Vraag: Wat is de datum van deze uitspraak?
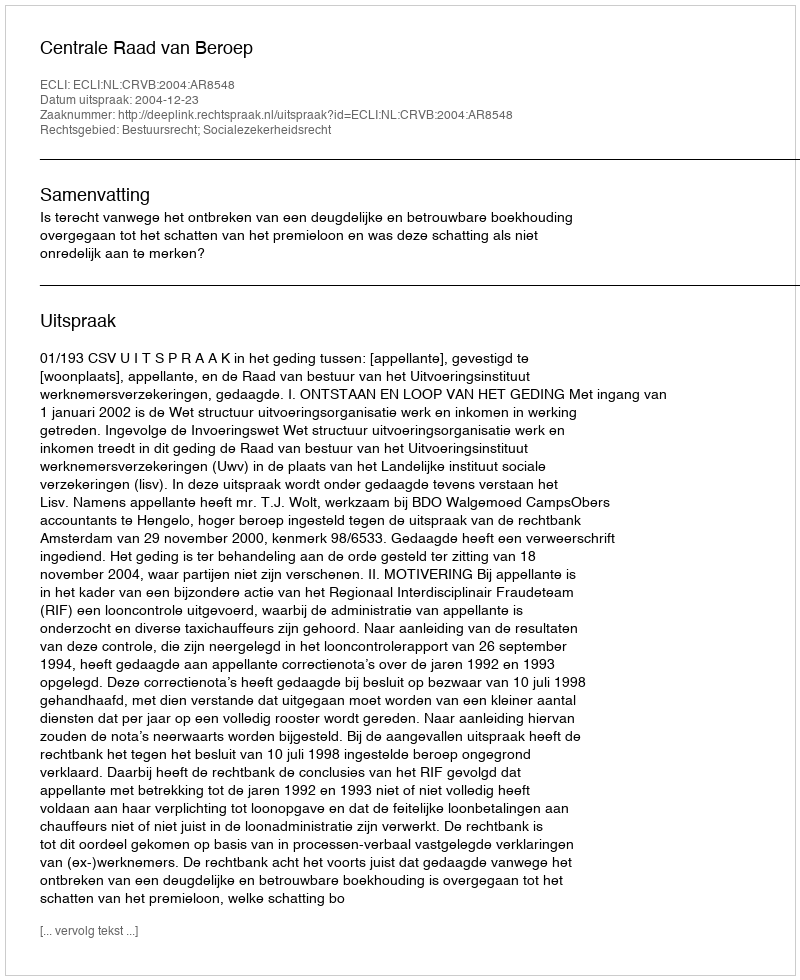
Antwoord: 2004-12-23